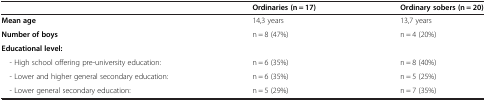
|  | Ordinaries (n = 17) | Ordinary sobers (n = 20) |
 | --- | --- | --- |
 | Mean age | 14,3 years | 13,7 years |
 | Number of boys | n = 8 (47%) | n = 4 (20%) |
 | Educational level: |  |  |
 | - High school offering pre-university education: | n = 6 (35%) | n = 8 (40%) |
 | - Lower and higher general secondary education: | n = 6 (35%) | n = 5 (25%) |
 | - Lower general secondary education: | n = 5 (29%) | n = 7 (35%) |